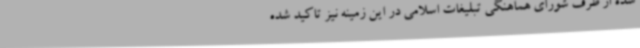
شده از طرف شورای هماهنگی تبلیغات اسلامی در این زمینه نیز تاکید شده